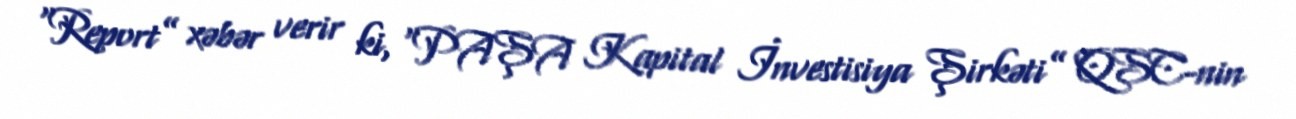
“Report” xəbər verir ki, “PAŞA Kapital İnvestisiya Şirkəti” QSC-nin